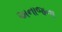
અનાજના